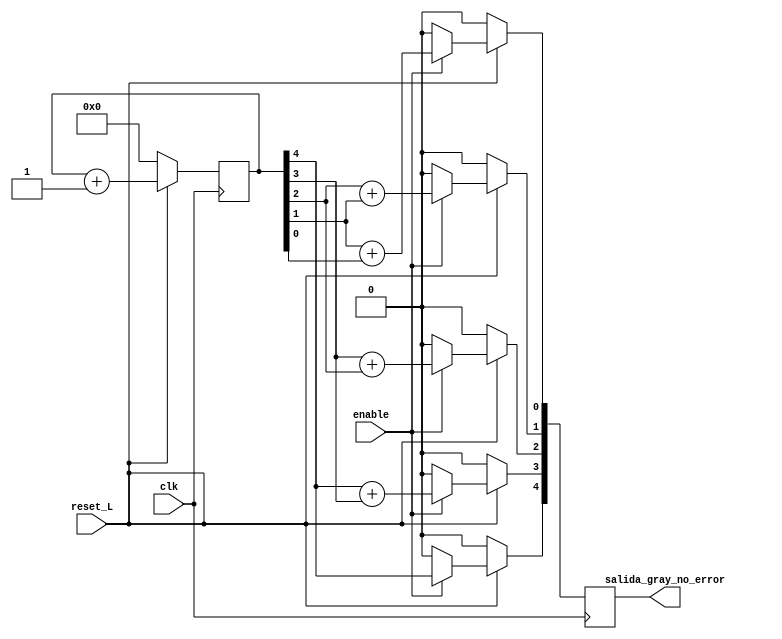
module contador_gray(
        input reset_L,
        input clk,
        input enable,
        output reg [4:0] salida_gray_no_error
    );
    reg [4:0] contador;

    always @(posedge clk)begin
        if (!reset_L) begin
            salida_gray_no_error [4:0] <= 0;
            contador [4:0] <= 0;
        end 
        else begin
            if (!enable)begin
                salida_gray_no_error [4:0]<= 0; 
                contador [4:0] <= 0;
            end
            else begin
                salida_gray_no_error [4:4]<= contador[4:4];
                salida_gray_no_error [3:3]<= contador[4:4]+contador[3:3];
                salida_gray_no_error [2:2]<= contador[3:3]+contador[2:2];
                salida_gray_no_error [1:1]<= contador[2:2]+contador[1:1];
                salida_gray_no_error [0:0]<= contador[1:1]+contador[0:0];    
            end
            contador<= contador+1;
        end
    end
endmodule